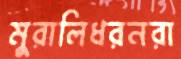
মুরালিধরনরা